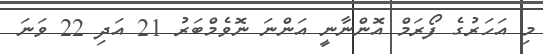
މި އަހަަރުގެ ފޯރަމް އޮންނާނީ އަންނަ ނޮވެމްބަރު 21 އަދި 22 ވަނަ